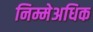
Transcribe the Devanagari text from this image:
निम्मेअधिक